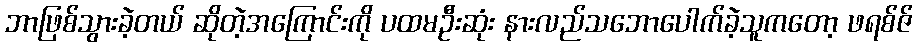
ဘာဖြစ်သွားခဲ့တယ် ဆိုတဲ့အကြောင်းကို ပထမဦးဆုံး နားလည်သဘောပေါက်ခဲ့သူကတော့ ဖရစ်ဇ်